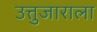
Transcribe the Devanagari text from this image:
उत्तुजाराला